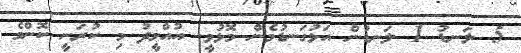
5 ލަނޑު 1 ލަނޑުން އަޅުގަނޑުމެން މޮޅުވީ. އުއްމީދު މި ކުރަނީ ކޮންމެ